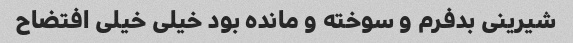
شیرینی بدفرم و سوخته و مانده بود خیلی خیلی افتضاح